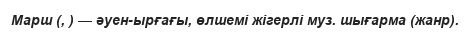
Марш (, ) — әуен-ырғағы, өлшемі жігерлі муз. шығарма (жанр).